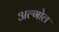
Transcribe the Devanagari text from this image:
अल्गोल